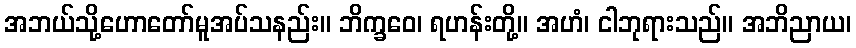
အဘယ်သို့ဟောတော်မူအပ်သနည်း။ ဘိက္ခဝေ၊ ရဟန်းတို့။ အဟံ၊ ငါဘုရားသည်။ အဘိညာယ၊